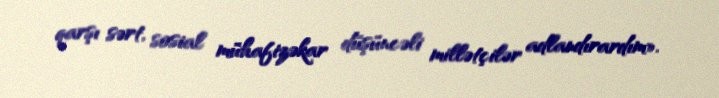
qarşı sərt, sosial mühafizəkar düşüncəli millətçilər adlandırardım».